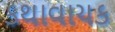
કથાવાચક